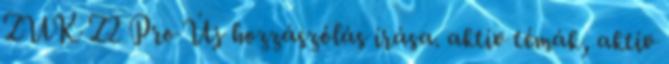
ZUK Z2 Pro Új hozzászólás írása. aktív témák, aktív